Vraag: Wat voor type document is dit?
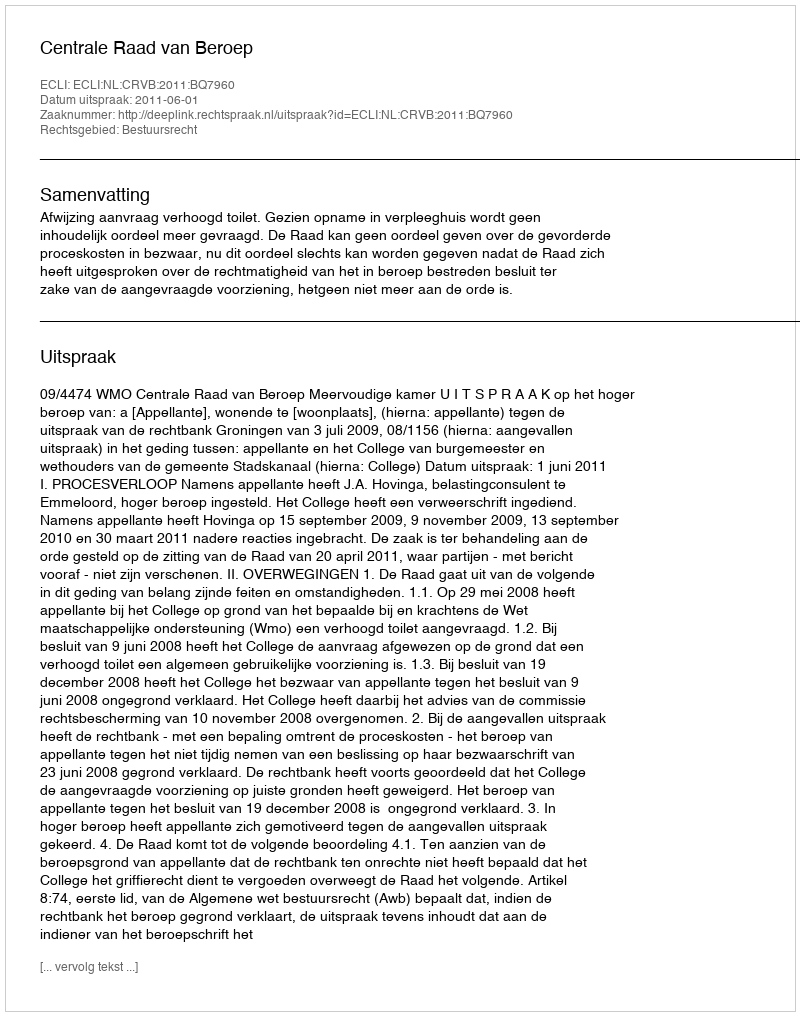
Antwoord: Uitspraak